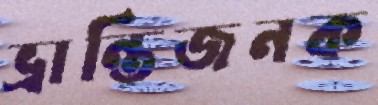
ভ্রান্তিজনক